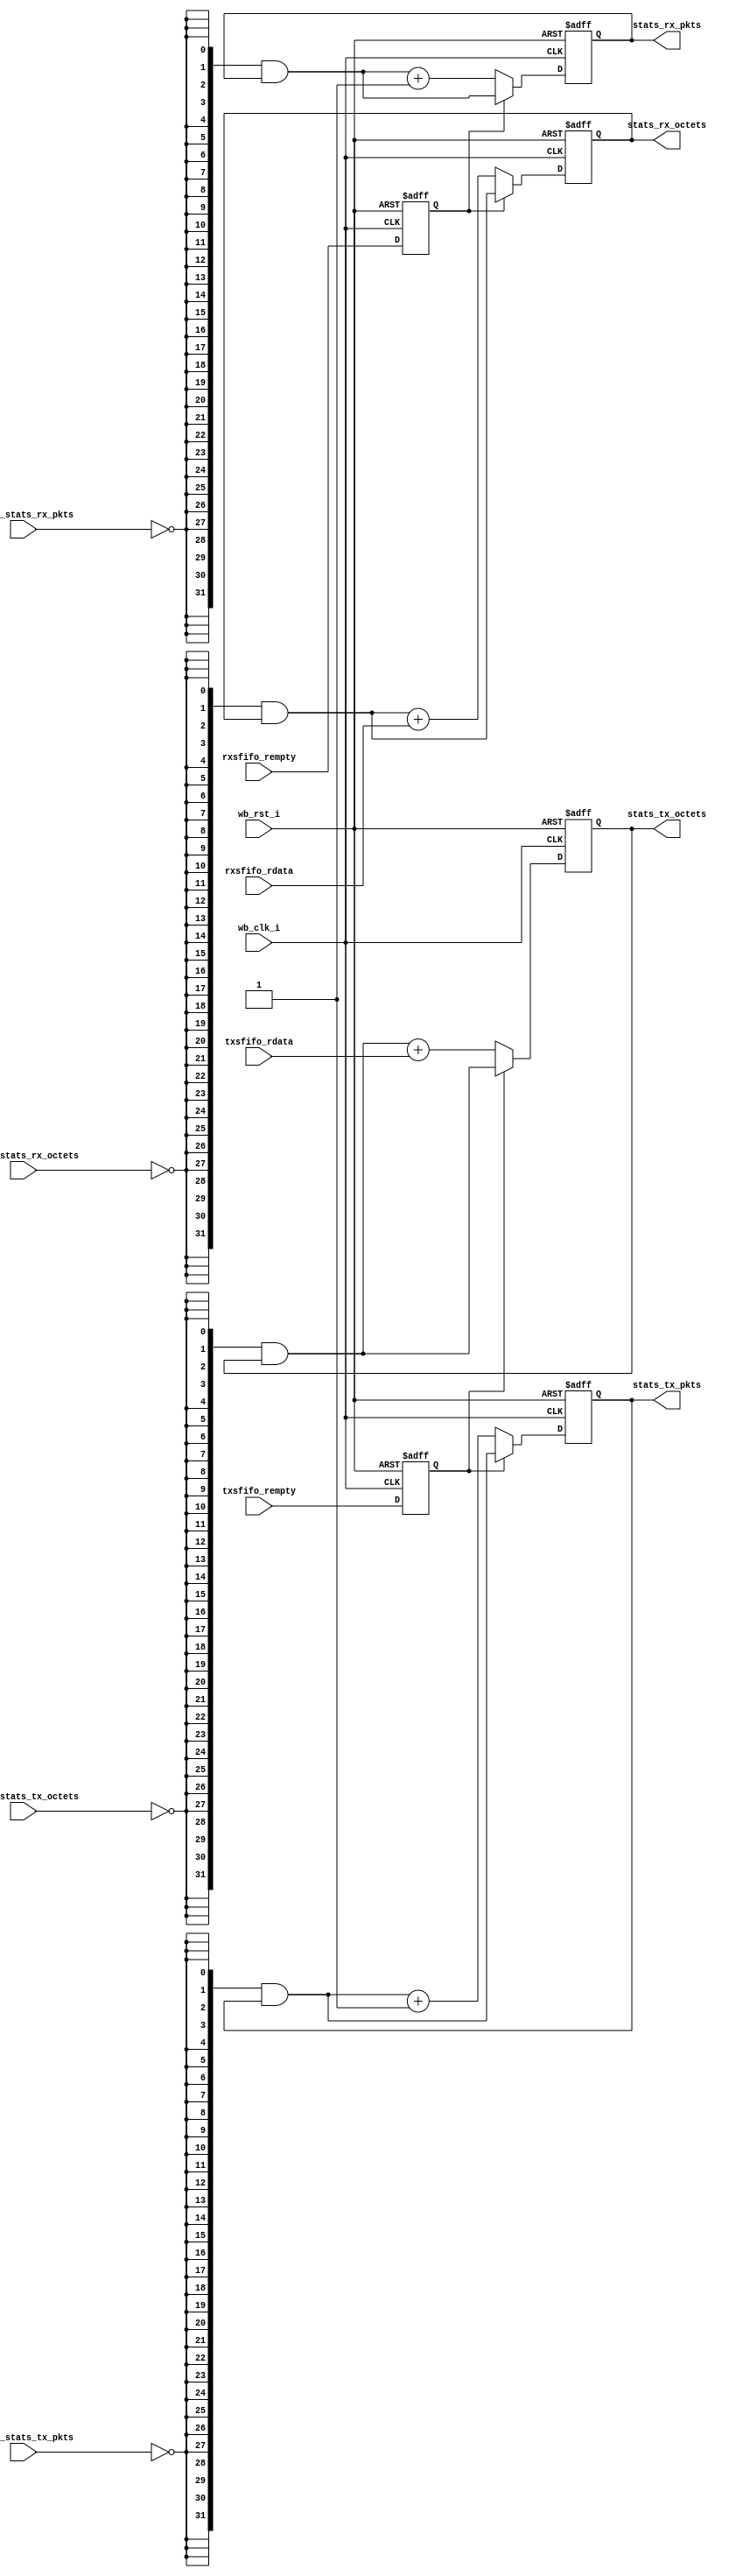
// `include "defines.v"
 
module stats_sm(/*AUTOARG*/
  // Outputs
  stats_tx_octets, stats_tx_pkts, stats_rx_octets, stats_rx_pkts,
  // Inputs
  wb_clk_i, wb_rst_i, txsfifo_rdata, txsfifo_rempty, rxsfifo_rdata,
  rxsfifo_rempty, clear_stats_tx_octets, clear_stats_tx_pkts,
  clear_stats_rx_octets, clear_stats_rx_pkts
  );
 
 
input         wb_clk_i;
input         wb_rst_i;
 
input  [13:0] txsfifo_rdata;
input         txsfifo_rempty;
 
input  [13:0] rxsfifo_rdata;
input         rxsfifo_rempty;
 
output [31:0] stats_tx_octets;
output [31:0] stats_tx_pkts;
 
output [31:0] stats_rx_octets;
output [31:0] stats_rx_pkts;
 
input         clear_stats_tx_octets;
input         clear_stats_tx_pkts;
input         clear_stats_rx_octets;
input         clear_stats_rx_pkts;
 
/*AUTOREG*/
// Beginning of automatic regs (for this module's undeclared outputs)
reg [31:0]              stats_rx_octets;
reg [31:0]              stats_rx_pkts;
reg [31:0]              stats_tx_octets;
reg [31:0]              stats_tx_pkts;
// End of automatics
 
 
/*AUTOWIRE*/
 
reg           txsfifo_rempty_d1;
reg           rxsfifo_rempty_d1;
 
reg [31:0]    next_stats_tx_octets;
reg [31:0]    next_stats_tx_pkts;
 
reg [31:0]    next_stats_rx_octets;
reg [31:0]    next_stats_rx_pkts;
 
always @(posedge wb_clk_i or posedge wb_rst_i) begin
 
    if (wb_rst_i == 1'b1) begin
 
        txsfifo_rempty_d1 <= 1'b1;
        rxsfifo_rempty_d1 <= 1'b1;
 
        stats_tx_octets <= 32'b0;
        stats_tx_pkts <= 32'b0;
 
        stats_rx_octets <= 32'b0;
        stats_rx_pkts <= 32'b0;
 
    end
    else begin
 
        txsfifo_rempty_d1 <= txsfifo_rempty;
        rxsfifo_rempty_d1 <= rxsfifo_rempty;
 
        stats_tx_octets <= next_stats_tx_octets;
        stats_tx_pkts <= next_stats_tx_pkts;
 
        stats_rx_octets <= next_stats_rx_octets;
        stats_rx_pkts <= next_stats_rx_pkts;
 
    end
 
end
 
always @(/*AS*/clear_stats_rx_octets or clear_stats_rx_pkts
         or clear_stats_tx_octets or clear_stats_tx_pkts
         or rxsfifo_rdata or rxsfifo_rempty_d1 or stats_rx_octets
         or stats_rx_pkts or stats_tx_octets or stats_tx_pkts
         or txsfifo_rdata or txsfifo_rempty_d1) begin
 
    next_stats_tx_octets = {32{~clear_stats_tx_octets}} & stats_tx_octets;
    next_stats_tx_pkts = {32{~clear_stats_tx_pkts}} & stats_tx_pkts;
 
    next_stats_rx_octets = {32{~clear_stats_rx_octets}} & stats_rx_octets;
    next_stats_rx_pkts = {32{~clear_stats_rx_pkts}} & stats_rx_pkts;
 
    if (!txsfifo_rempty_d1) begin
        next_stats_tx_octets = next_stats_tx_octets + {18'b0, txsfifo_rdata};
        next_stats_tx_pkts = next_stats_tx_pkts + 32'b1;
    end
 
    if (!rxsfifo_rempty_d1) begin
        next_stats_rx_octets = next_stats_rx_octets + {18'b0, rxsfifo_rdata};
        next_stats_rx_pkts = next_stats_rx_pkts + 32'b1;
    end
 
end
 
endmodule